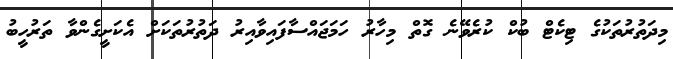
މިދަތުރުތަކުގެ ޓިކެޓް ބުކް ކުރެވޭނެ ގޮތް މިހާރު ހަމަޖައްސާފައިވާއިރު ދަތުރުތަކަށް އެކަށީގެންވާ ތަރުހީބު